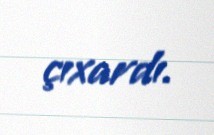
çıxardı.